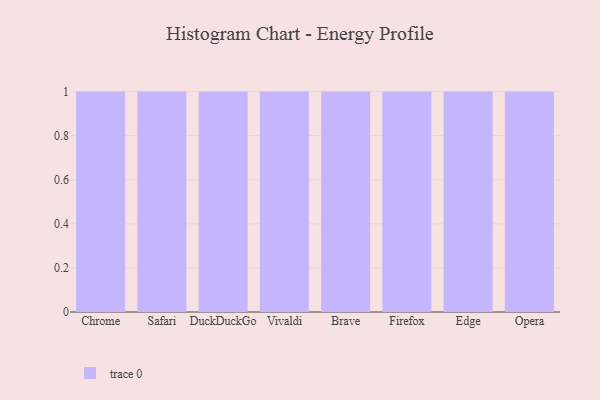
{"axis": {"x": "Browser", "y": "Budget (USD K)"}, "legend": [""], "data": [{"x": "Chrome", "y": 55, "type": ""}, {"x": "Safari", "y": 82, "type": ""}, {"x": "DuckDuckGo", "y": 27, "type": ""}, {"x": "Vivaldi", "y": 35, "type": ""}, {"x": "Brave", "y": 45, "type": ""}, {"x": "Firefox", "y": 19, "type": ""}, {"x": "Edge", "y": 89, "type": ""}, {"x": "Opera", "y": 57, "type": ""}]}